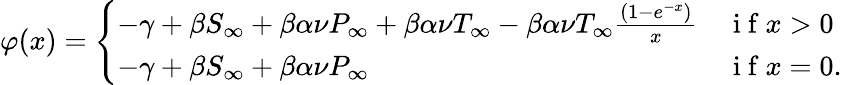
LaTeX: \varphi(x)=\left\{ \begin{array}{ll}{-\gamma+\beta S_{\infty}+\beta\alpha\nu P_{\infty}+\beta\alpha\nu T_{\infty}-\beta\alpha\nu T_{\infty}\frac{(1-e^{-x})}{x}}&{\mathrm{~i~f~}x>0}\\ {-\gamma+\beta S_{\infty}+\beta\alpha\nu P_{\infty}}&{\mathrm{~i~f~}x=0.}\end{array}\right.